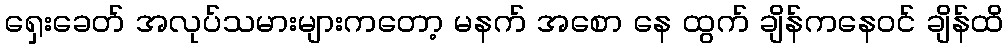
ရှေးခေတ် အလုပ်သမားများကတော့ မနက် အစော နေ ထွက် ချိန်ကနေဝင် ချိန်ထိ